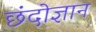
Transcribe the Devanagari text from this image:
छंदोज्ञान